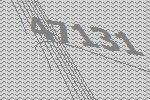
47131